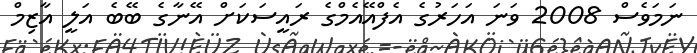
ނަމަވެސް 2008 ވަނަ އަހަރުގެ އެފްއޭއެމްގެ ރައީސަކަށް އޭނާގެ ބޭބެ އަލީ އާޒިމް